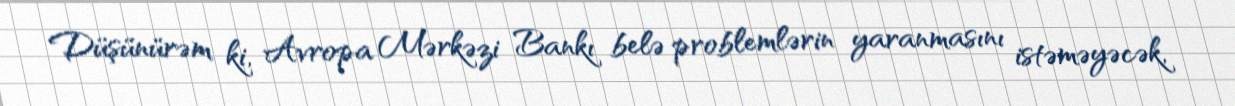
Düşünürəm ki, Avropa Mərkəzi Bankı belə problemlərin yaranmasını istəməyəcək,